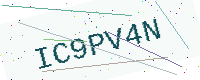
Text: IC9PV4N